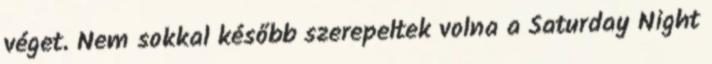
véget. Nem sokkal később szerepeltek volna a Saturday Night